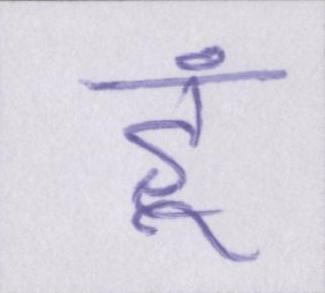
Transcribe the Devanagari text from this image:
हूं